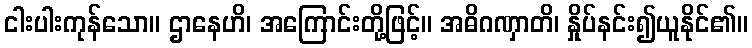
ငါးပါးကုန်သော။ ဌာနေဟိ၊ အကြောင်းတို့ဖြင့်။ အဓိဂဏှာတိ၊ နှိုပ်နင်း၍ယူနိုင်၏။